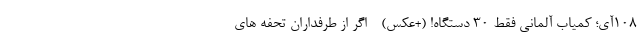
108آی؛ کمیاب آلمانی فقط 30 دستگاه! (+عکس) - اگر از طرفداران تحفه های